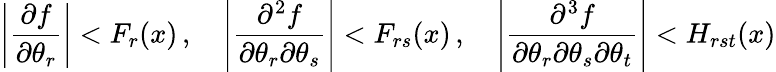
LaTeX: \left|{\frac{\partial f}{\partial\theta_{r}}}\right|<F_{r}(x)\, ,\quad\left|{\frac{\partial^{2}f}{\partial\theta_{r}\partial\theta_{s}}}\right|<F_{rs}(x)\, ,\quad\left|{\frac{\partial^{3}f}{\partial\theta_{r}\partial\theta_{s}\partial\theta_{t}}}\right|<H_{rst}(x)